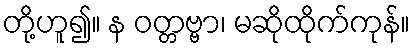
တို့ဟူ၍။ န ဝတ္တဗ္ဗာ၊ မဆိုထိုက်ကုန်။